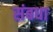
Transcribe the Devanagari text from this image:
संबधा